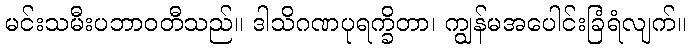
မင်းသမီးပဘာဝတီသည်။ ဒါသိဂဏပုရက္ခိတာ၊ ကျွန်မအပေါင်းခြံရံလျက်။